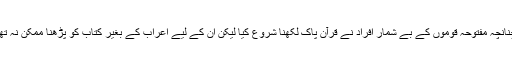
چنانچہ مفتوحہ قوموں کے بے شمار افراد نے قرآن پاک لکھنا شروع کیا لیکن ان کے لیے اعراب کے بغیر کتاب کو پڑھنا ممکن نہ تھا۔